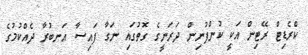
ކްރެޑިޓް ރޭޓިން އަކީ ކުންފުނިން ދަރަނީގެ ގޮތުގައި ނަގާ ފައިސާ އަނބުރާ ދެއްކުމުގެ